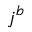
j ^ { b }